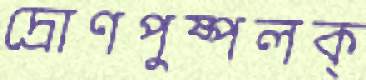
দ্রোণপুষ্পলক্